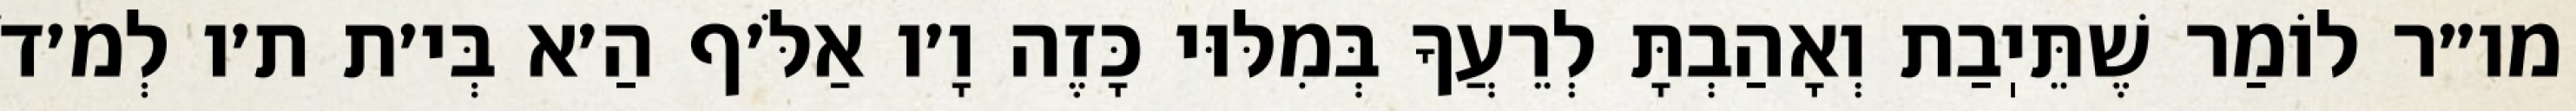
מו״ר לוֹמַר שֶׁתֵּיֽבַת וְאָהַבְתָּ לְרֵעֲךָ בְּמִלּוּי כָּזֶה וָ׳ו אַלֹּ׳ף הַ׳א בְּי׳ת ת׳ו לְמ׳דֹ